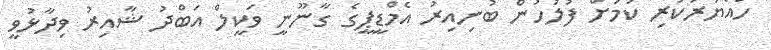
ހައްޔަރުކުރި ކަމަށް ފުލުހުން ބުނިއިރު އެމްޑީޕީގެ ގާނޫނީ ވަކީލް އަބްދު ޝާއިރު ވިދާޅުވީ